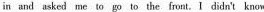
in and asked me to go to the front. I didn't know